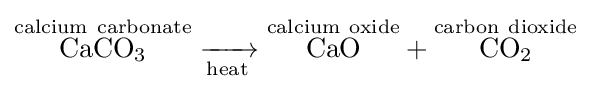
{{\overset {\mathrm {calcium} ~\mathrm {carbonate} }{\mathrm {CaCO} {\vphantom {A}}_{\smash[{t}]{3}}}}{}\mathrel {\xrightarrow[{\text{heat}}]{}} {}{\overset {\mathrm {calcium} ~\mathrm {oxide} }{\mathrm {CaO} }}{}+{}{\overset {\mathrm {carbon} ~\mathrm {dioxide} }{\mathrm {CO} {\vphantom {A}}_{\smash[{t}]{2}}}}}